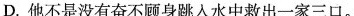
D.他不是没有奋不顾身跳入水中救出一家三口。